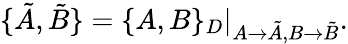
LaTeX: \{ \tilde{A},\tilde{B}\} =\{ A,B\} _{D}|_{A\rightarrow\tilde{A},B\rightarrow\tilde{B}}.